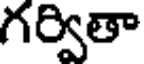
గర్వితా